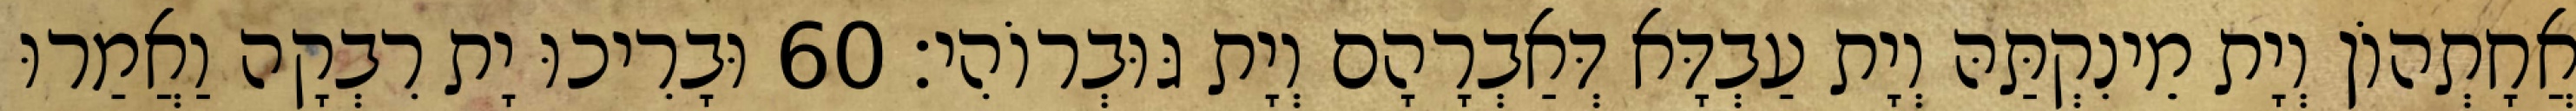
אֲחָתְהוֹן וְיָת מֵינִקְתַּהּ וְיָת עַבְדָּא דְּאַבְרָהָם וְיָת גּוּבְרוֹהִי׃ 60 וּבָרִיכוּ יָת רִבְקָה וַאֲמַרוּ